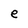
Character: e